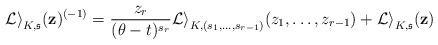
LaTeX: \begin{align*}\mathcal{Li}_{K,\mathfrak{s}}({\bf z})^{(-1)}=\frac{z_r}{(\theta-t)^{s_r}}\mathcal{Li}_{K,(s_1, \ldots, s_{r-1})}(z_1, \ldots, z_{r-1})+\mathcal{Li}_{K,\mathfrak{s}}({\bf z})\end{align*}